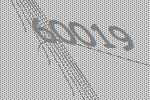
60019